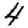
Digit: 4